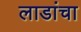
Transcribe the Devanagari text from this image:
लाडांचा